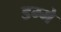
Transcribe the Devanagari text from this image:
डम्मे